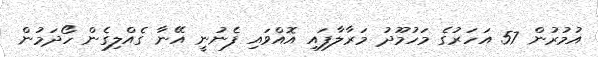
އުމުރުން 57 އަހަރުގެ މަހުމޫދު މަރާލާފައި އޮއްވައި ފެނުނީ އޭނާ ގެއްލިގެން ހޯދަމުން